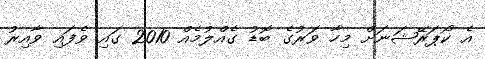
އެ ކޯޕަރޭޝަނަށް މިހާ ވަރުގެ ބޮޑު ގެއްލުމެއް 2010 ގައި ވެފައި ވާއިރު